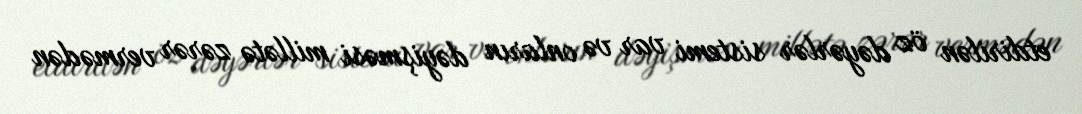
etdirilən öz dəyərlər sistemi var və onların dəyişməsi millətə zərər vermədən